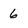
Character: 6